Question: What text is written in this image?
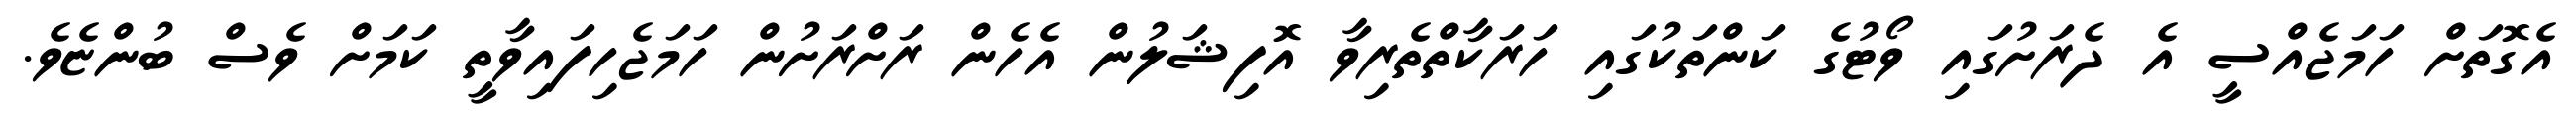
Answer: އެގޮތަށް ހަމަޖެއްސީ އެ ދެރަށުގައި ވޯޓުގެ ކަންތަކުގައި ހަރަކާތްތެރިވާ އޮފިޝަލުން އެހެން ރަށްރަށުން ހަމަޖެހިފައިވާތީ ކަމަށް ވެސް ބުންޏެވެ.